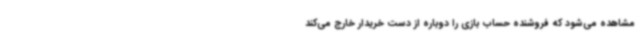
مشاهده می‌شود که فروشنده حساب بازی را دوباره از دست خریدار خارج می‌کند